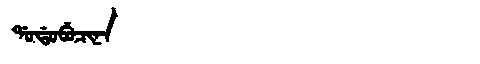
Manchu: ᡩᠣᡩᠣᠪᡠᠴᡳᠨᠠ
Romanization: DODOBUCINA